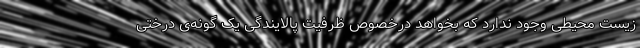
زیست محیطی وجود ندارد که بخواهد درخصوص ظرفیت پالایندگی یک گونه‌ی درختی